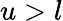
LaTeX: u>l